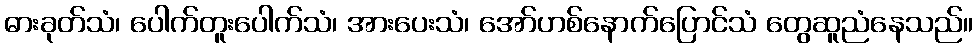
ဓားခုတ်သံ၊ ပေါက်တူးပေါက်သံ၊ အားပေးသံ၊ အော်ဟစ်နောက်ပြောင်သံ တွေဆူညံနေသည်။